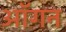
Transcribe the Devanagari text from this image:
ऑगन